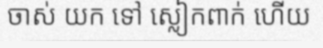
ចាស់ យក ទៅ ស្លៀកពាក់ ហើយ